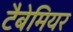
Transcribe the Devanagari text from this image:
टैबेमियर